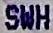
SWH